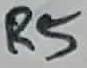
Text: R5